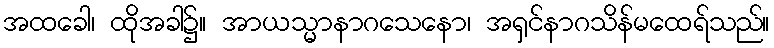
အထခေါ၊ ထိုအခါ၌။ အာယသ္မာနာဂသေနော၊ အရှင်နာဂသိန်မထေရ်သည်။